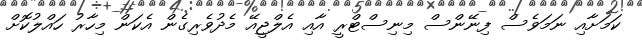
ކަމަށާއި ނަމަވެސް ފިނޭންސް މިނިސްޓްރީ އާއި އެލްޖީއޭ މެދުވެރިގެން އެކަން މިހާރު ހައްލުކޮށް